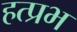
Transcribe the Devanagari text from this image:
हत्प्रभ